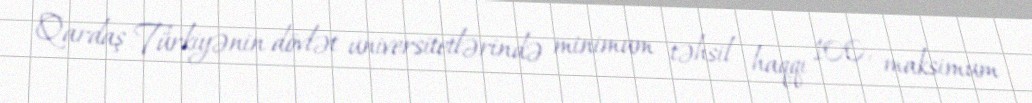
Qardaş Türkiyənin dövlət universitetlərində minimum təhsil haqqı 100, maksimum